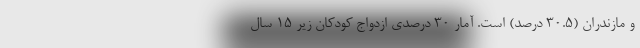
و مازندران (٣٠.٥ درصد) است. آمار ۳۰ درصدی ازدواج کودکان زیر ۱۵ سال